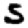
Digit: 5